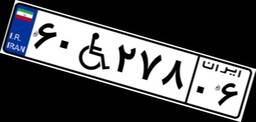
۰۵W۳۵۸۳۴